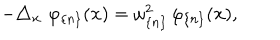
- \triangle _ { \mathbf { x } } \mathbf { \, \, } \varphi _ { \{ n \} } ( \mathbf { x } ) = \omega _ { \{ n \} } ^ { 2 } \, \varphi _ { \{ n \} } ( \mathbf { x } ) ,